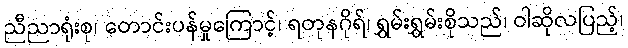
ညီညာရုံးစု၊ တောင်းပန်မှုကြောင့်၊ ရတုနဂိုရ်၊ ရွှမ်းရွှမ်းစိုသည်၊ ဝါဆိုလပြည့်၊